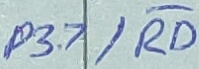
Text: P3.7/RD